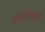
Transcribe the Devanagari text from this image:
समुद्रदर्शनी